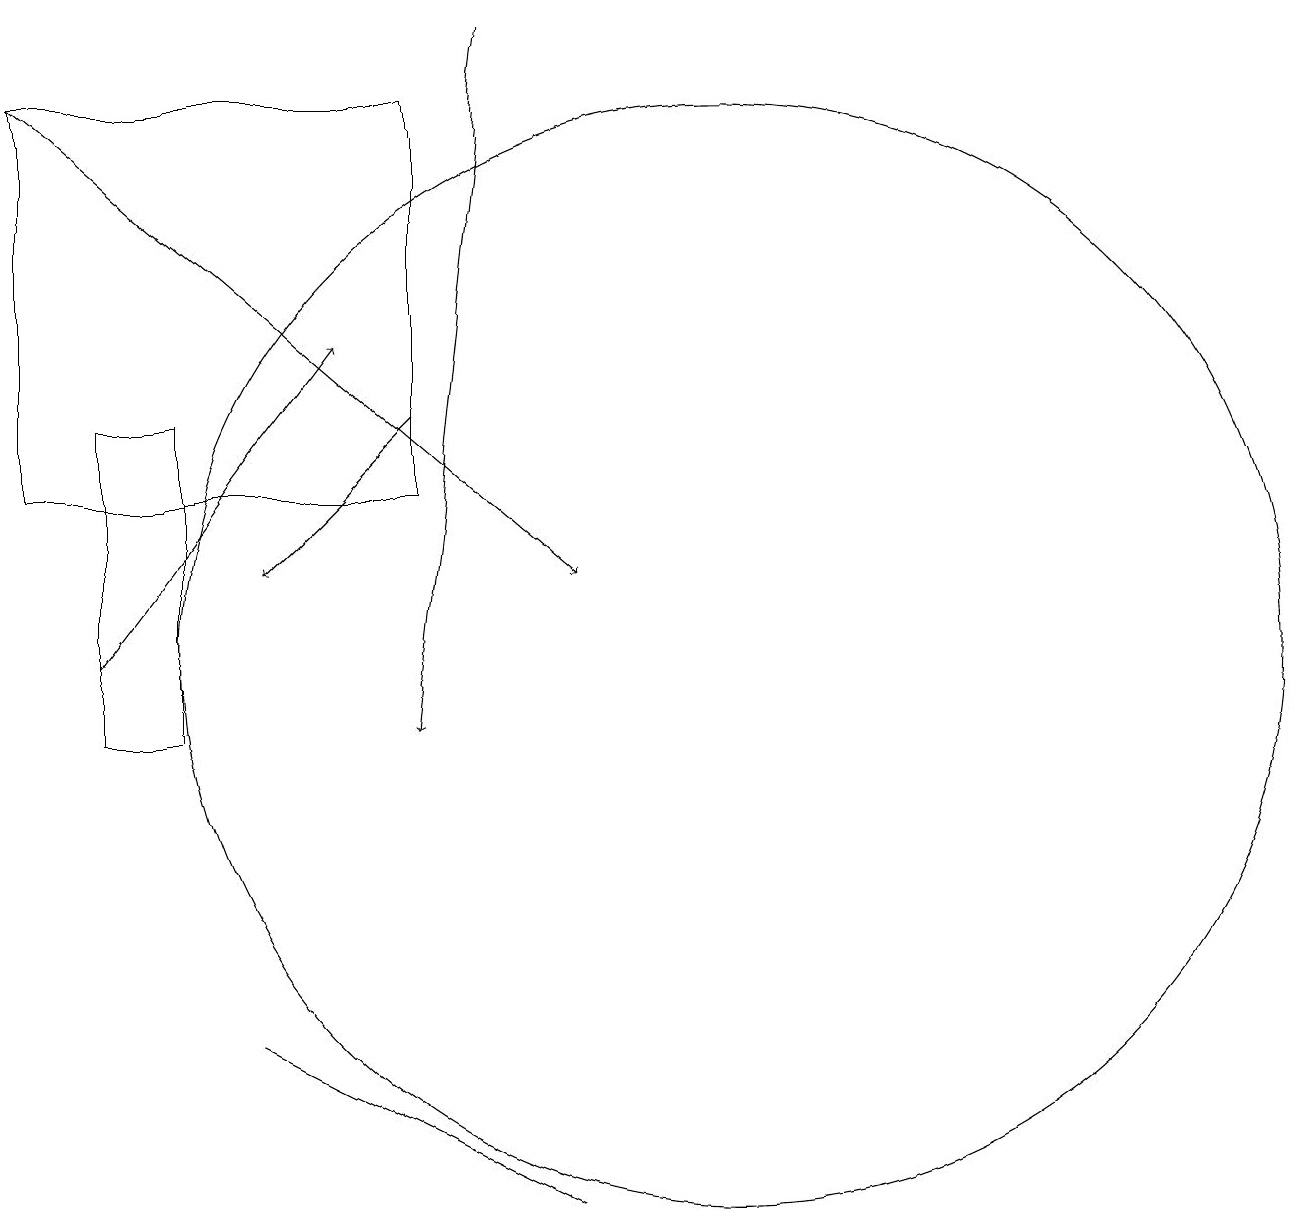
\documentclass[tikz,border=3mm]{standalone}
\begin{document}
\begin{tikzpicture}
\draw[->] (2,18) -- (9,12);
\draw (9,4) -- (5,6) -- (5,6) -- cycle;
\draw (3,14) rectangle (4,10);
\draw[->] (8,19) -- (7,10);
\draw (2,13) rectangle (7,18);
\draw[->] (7,14) -- (5,12);
\draw (11,11) circle (7);
\draw[->] (3,11) -- (6,15);
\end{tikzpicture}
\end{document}